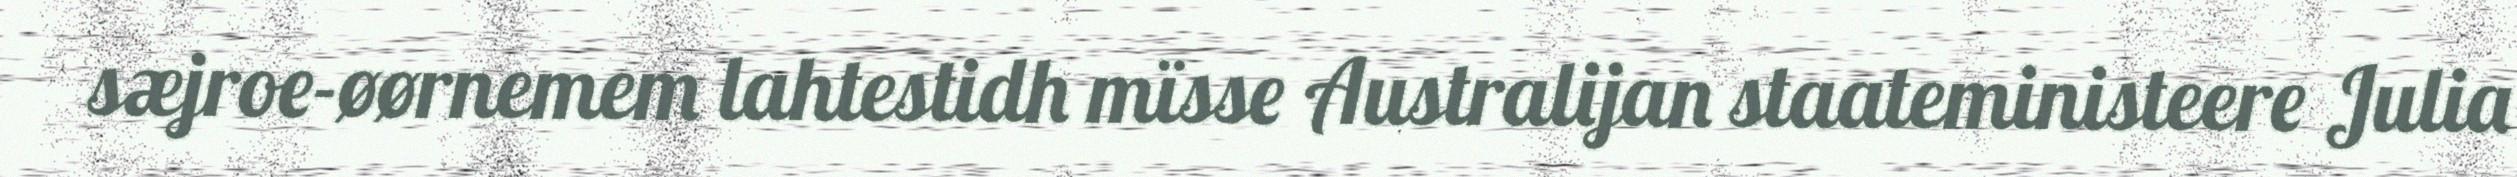
sæjroe-øørnemem lahtestidh mïsse Australijan staateministeere Julia